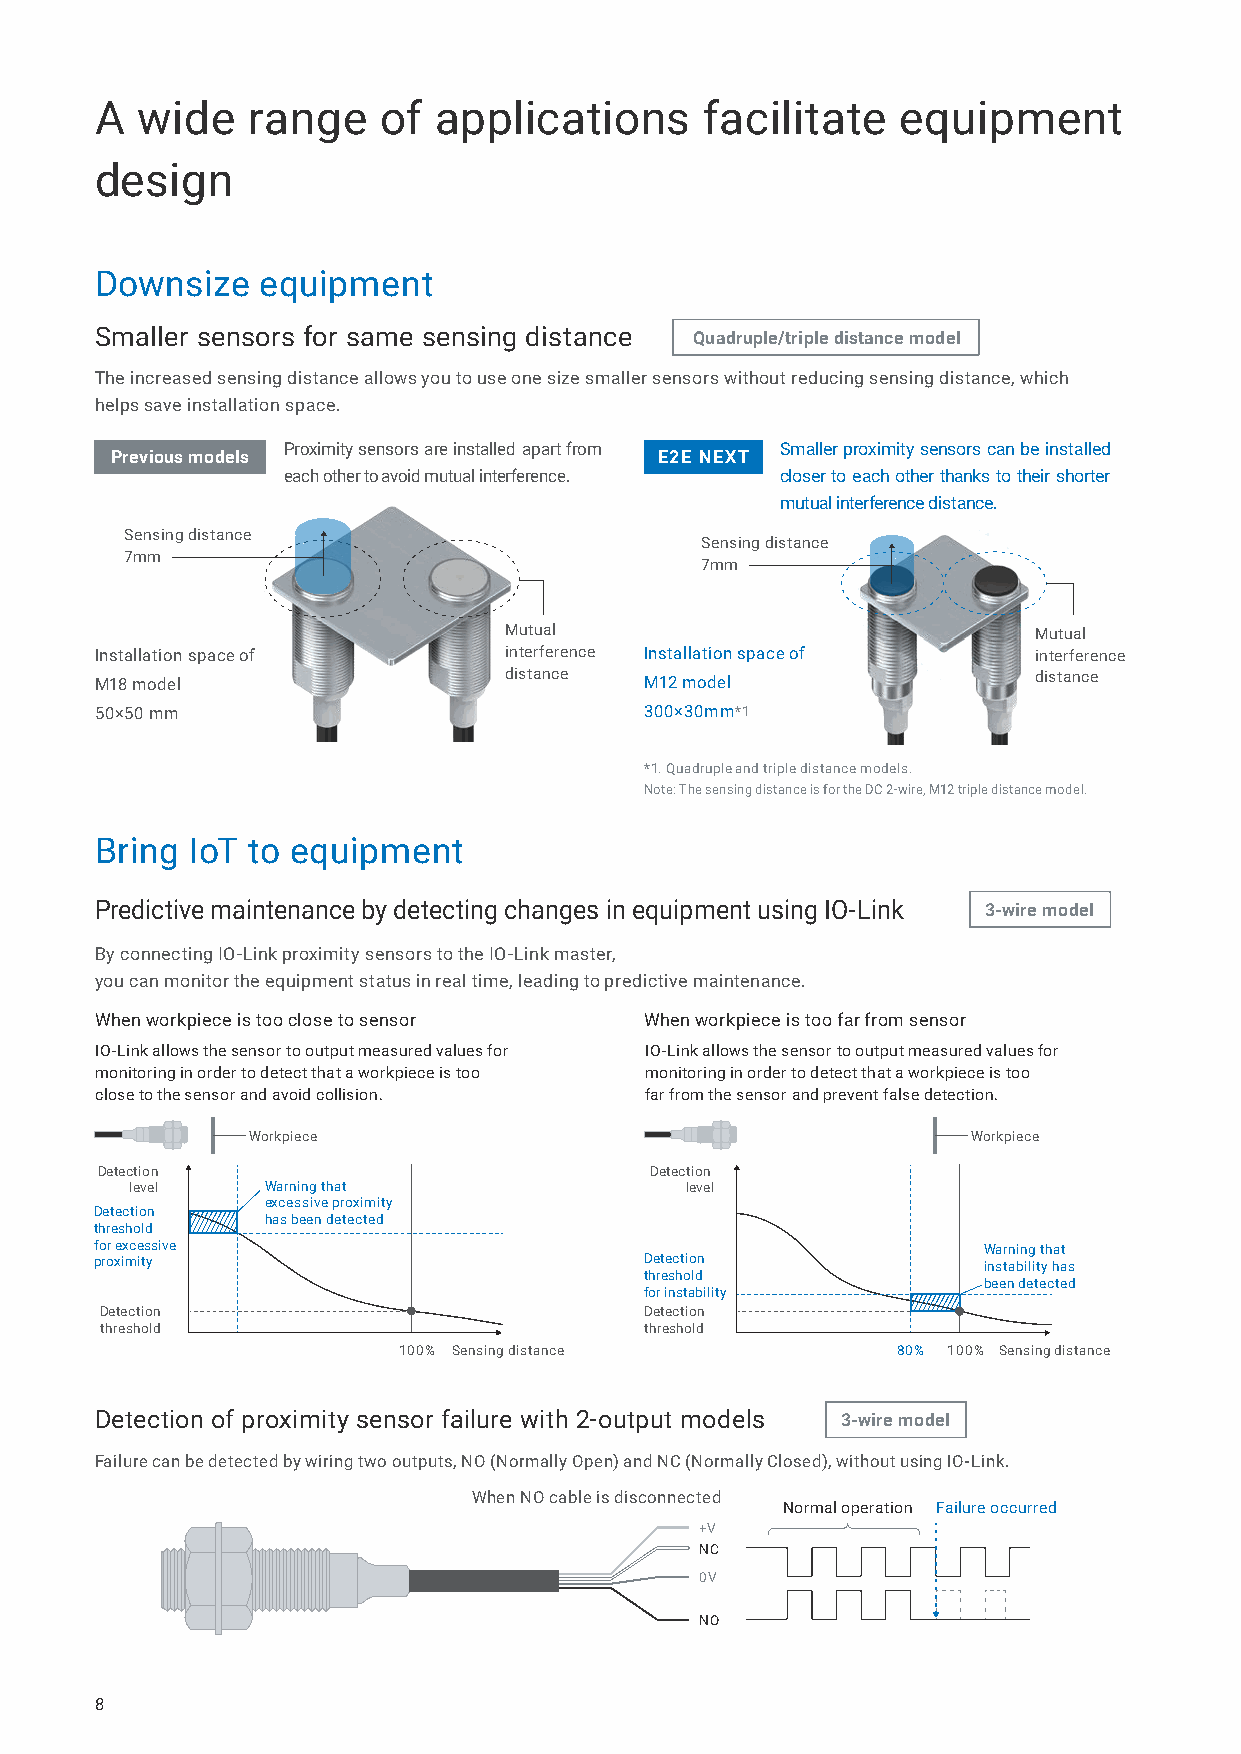
A  wide   range    of  applications      facilitate   equipment
 design
 Downsize   equipment
 Smaller sensors for same sensing distance Quadruple/triple distance model
 The increased sensing distance allows you to use one size smaller sensors without reducing sensing distance, which
 helps save installation space.
 Proximity sensors are installed apart from Smaller proximity sensors can be installed
 Previous models                      E2E NEXT
 each other to avoid mutual interference. closer to each other thanks to their shorter
 mutual interference distance.
 Sensing distance
 Sensing distance
 7mm
 7mm
 Mutual                             Mutual
 Installation space of      interference Installation space of interference
 M18 model                  distance  M12 model                distance
 50×50 mm                             300×30mm*1
 *1. Quadruple and triple distance models.
 Note: The sensing distance is for the DC 2-wire, M12 triple distance model.
 Bring  IoT to equipment
 Predictive maintenance by detecting changes in equipment using IO-Link 3-wire model
 By connecting IO-Link proximity sensors to the IO-Link master,
 you can monitor the equipment status in real time, leading to predictive maintenance.
 When workpiece is too close to sensor When workpiece is too far from sensor
 IO-Link allows the sensor to output measured values for IO-Link allows the sensor to output measured values for
 monitoring in order to detect that a workpiece is too monitoring in order to detect that a workpiece is too
 close to the sensor and avoid collision. far from the sensor and prevent false detection.
 Workpiece                                       Workpiece
 Detection                            Detection
 level    Warning that               level
 excessive proximity
 Detection
 has been detected
 threshold
 for excessive                                              Warning that
 proximity                            Detection             instability has
 threshold
 been detected
 for instability
 Detection                           Detection
 threshold                           threshold
 100% Sensing distance            80% 100% Sensing distance
 Detection of proximity sensor failure with 2-output models 3-wire model
 Failure can be detected by wiring two outputs, NO (Normally Open) and NC (Normally Closed), without using IO-Link.
 When NO cable is disconnected
 Normal operation Failure occurred
 +V
 NC
 0V
 NO
 8